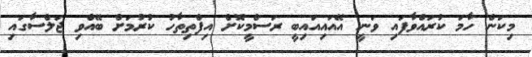
މިކަން ހާމަ ކުރައްވާފައި ވަނީ އޭއައިއައިބީ ރަސްމީކޮށް އިފްތިތާހު ކުރުމަށް ބޭއްވި ޖަލްސާގައި